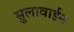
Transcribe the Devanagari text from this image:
सुलावाईन